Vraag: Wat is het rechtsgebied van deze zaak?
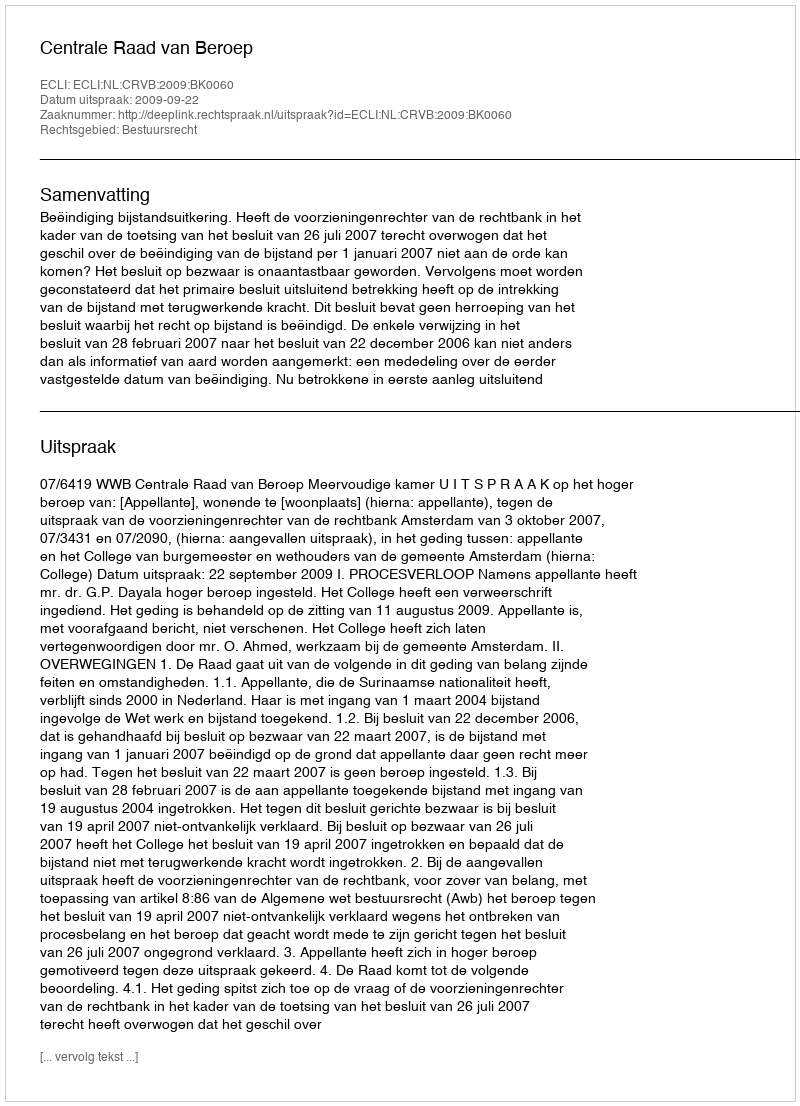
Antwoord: Bestuursrecht